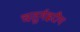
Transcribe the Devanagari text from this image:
चतुर्गह्वरीय